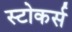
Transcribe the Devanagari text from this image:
स्टोकर्स